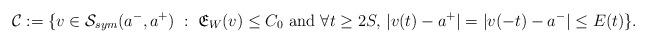
LaTeX: \begin{align*}\mathcal{C}:=\{{v}\in\mathcal{S}_{sym}(a^-,a^+)\;:\; \mathfrak{E}_{W}(v)\leq C_0 \mbox{ and }\forall t\geq 2S,\, |{v}(t)-a^+|=|{v}(-t)-a^-|\leq E(t)\}.\end{align*}